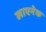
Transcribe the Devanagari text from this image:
लाएनेक